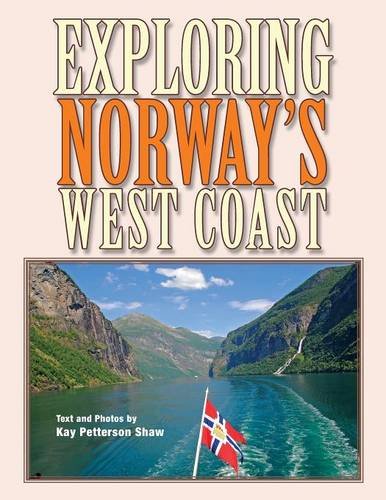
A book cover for Exploring Norway's West Coast; Kay Petterson Shaw; Travel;